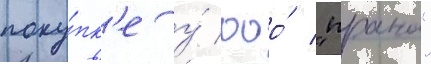
поку́пк'е у́ ооо́ "прана"